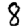
Digit: 8